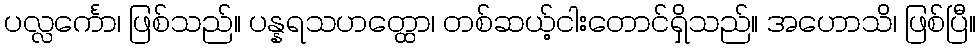
ပလ္လင်္ကော၊ ဖြစ်သည်။ ပန္နရသဟတ္ထော၊ တစ်ဆယ့်ငါးတောင်ရှိသည်။ အဟောသိ၊ ဖြစ်ပြီ။